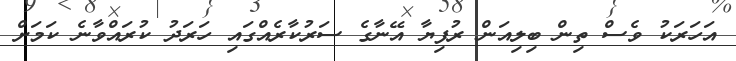
އަހަރަކު ވެސް ތިން ބިލިއަން ރުފިޔާ އޭނާގެ ސަރުކާރެއްގައި ހަރަދު ކުރައްވާނެ ކަމަށް